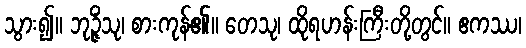
သွား၍။ ဘုဉ္ဇိံသု၊ စားကုန်၏။ တေသု၊ ထိုရဟန်းကြီးတို့တွင်။ ဧကဿ၊